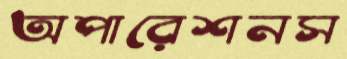
অপারেশনস